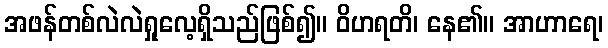
အဖန်တစ်လဲလဲရှုလေ့ရှိသည်ဖြစ်၍။ ဝိဟရတိ၊ နေ၏။ အာဟာရေ၊